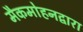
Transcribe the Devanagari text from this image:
मैकमोहनद्वारा